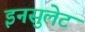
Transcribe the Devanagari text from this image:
इनसुलेट